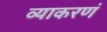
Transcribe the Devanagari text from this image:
व्याकरणं